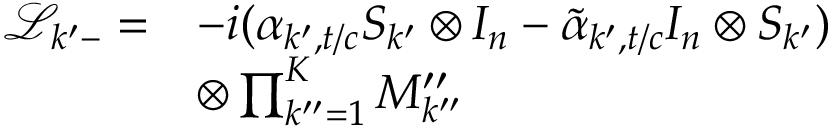
\begin{array} { r l } { \mathcal { L } _ { k ^ { \prime } - } = } & { - i ( \alpha _ { k ^ { \prime } , t / c } S _ { k ^ { \prime } } \otimes I _ { n } - \tilde { \alpha } _ { k ^ { \prime } , t / c } I _ { n } \otimes S _ { k ^ { \prime } } ) } \\ & { \otimes \prod _ { k ^ { \prime \prime } = 1 } ^ { K } M _ { k ^ { \prime \prime } } ^ { \prime \prime } } \end{array}